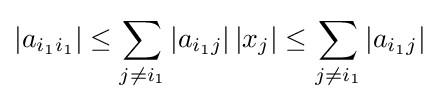
\left|a_{i_{1}i_{1}}\right|\leq \sum _{j\neq i_{1}}\left|a_{i_{1}j}\right|\left|x_{j}\right|\leq \sum _{j\neq i_{1}}\left|a_{i_{1}j}\right|